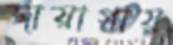
জায়াগায়